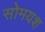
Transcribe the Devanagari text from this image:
सोमयश